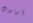
ارتدت